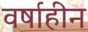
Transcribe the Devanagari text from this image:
वर्षाहीन